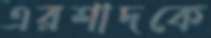
এরশাদকে